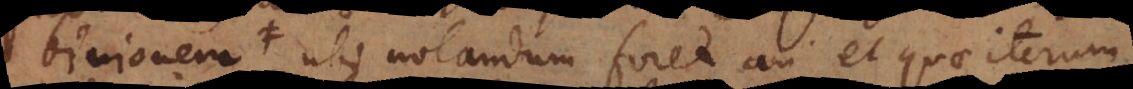
binionem, ubi notandum foret an et quae iterum